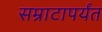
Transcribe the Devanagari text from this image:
सम्राटापर्यंत